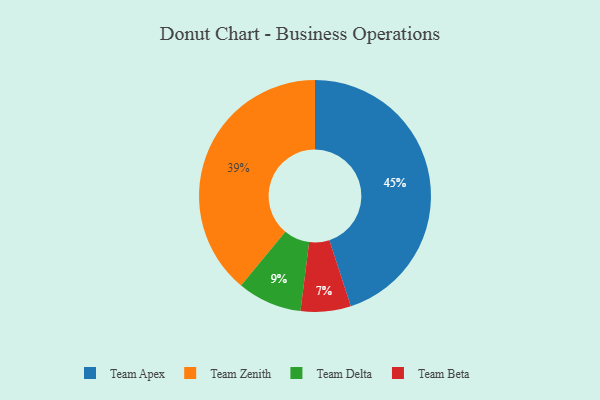
{"axis": {"x": "Category", "y": "Percentage"}, "legend": ["Team Apex", "Team Beta", "Team Delta", "Team Zenith"], "data": [{"x": "Team Zenith", "y": 39, "type": "Team Zenith"}, {"x": "Team Beta", "y": 7, "type": "Team Beta"}, {"x": "Team Delta", "y": 9, "type": "Team Delta"}, {"x": "Team Apex", "y": 45, "type": "Team Apex"}]}